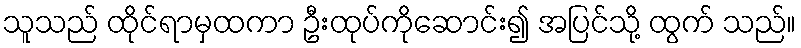
သူသည် ထိုင်ရာမှထကာ ဦးထုပ်ကိုဆောင်း၍ အပြင်သို့ ထွက် သည်။